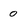
Character: 0